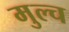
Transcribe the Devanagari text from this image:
मुल्च